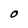
Character: O